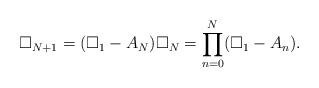
LaTeX: \begin{align*}\square_{N+1}=(\square_{1}-A_N)\square_{N}=\prod_{n=0}^N (\square_{1}-A_n).\end{align*}